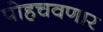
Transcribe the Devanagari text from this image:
पोहचवणार